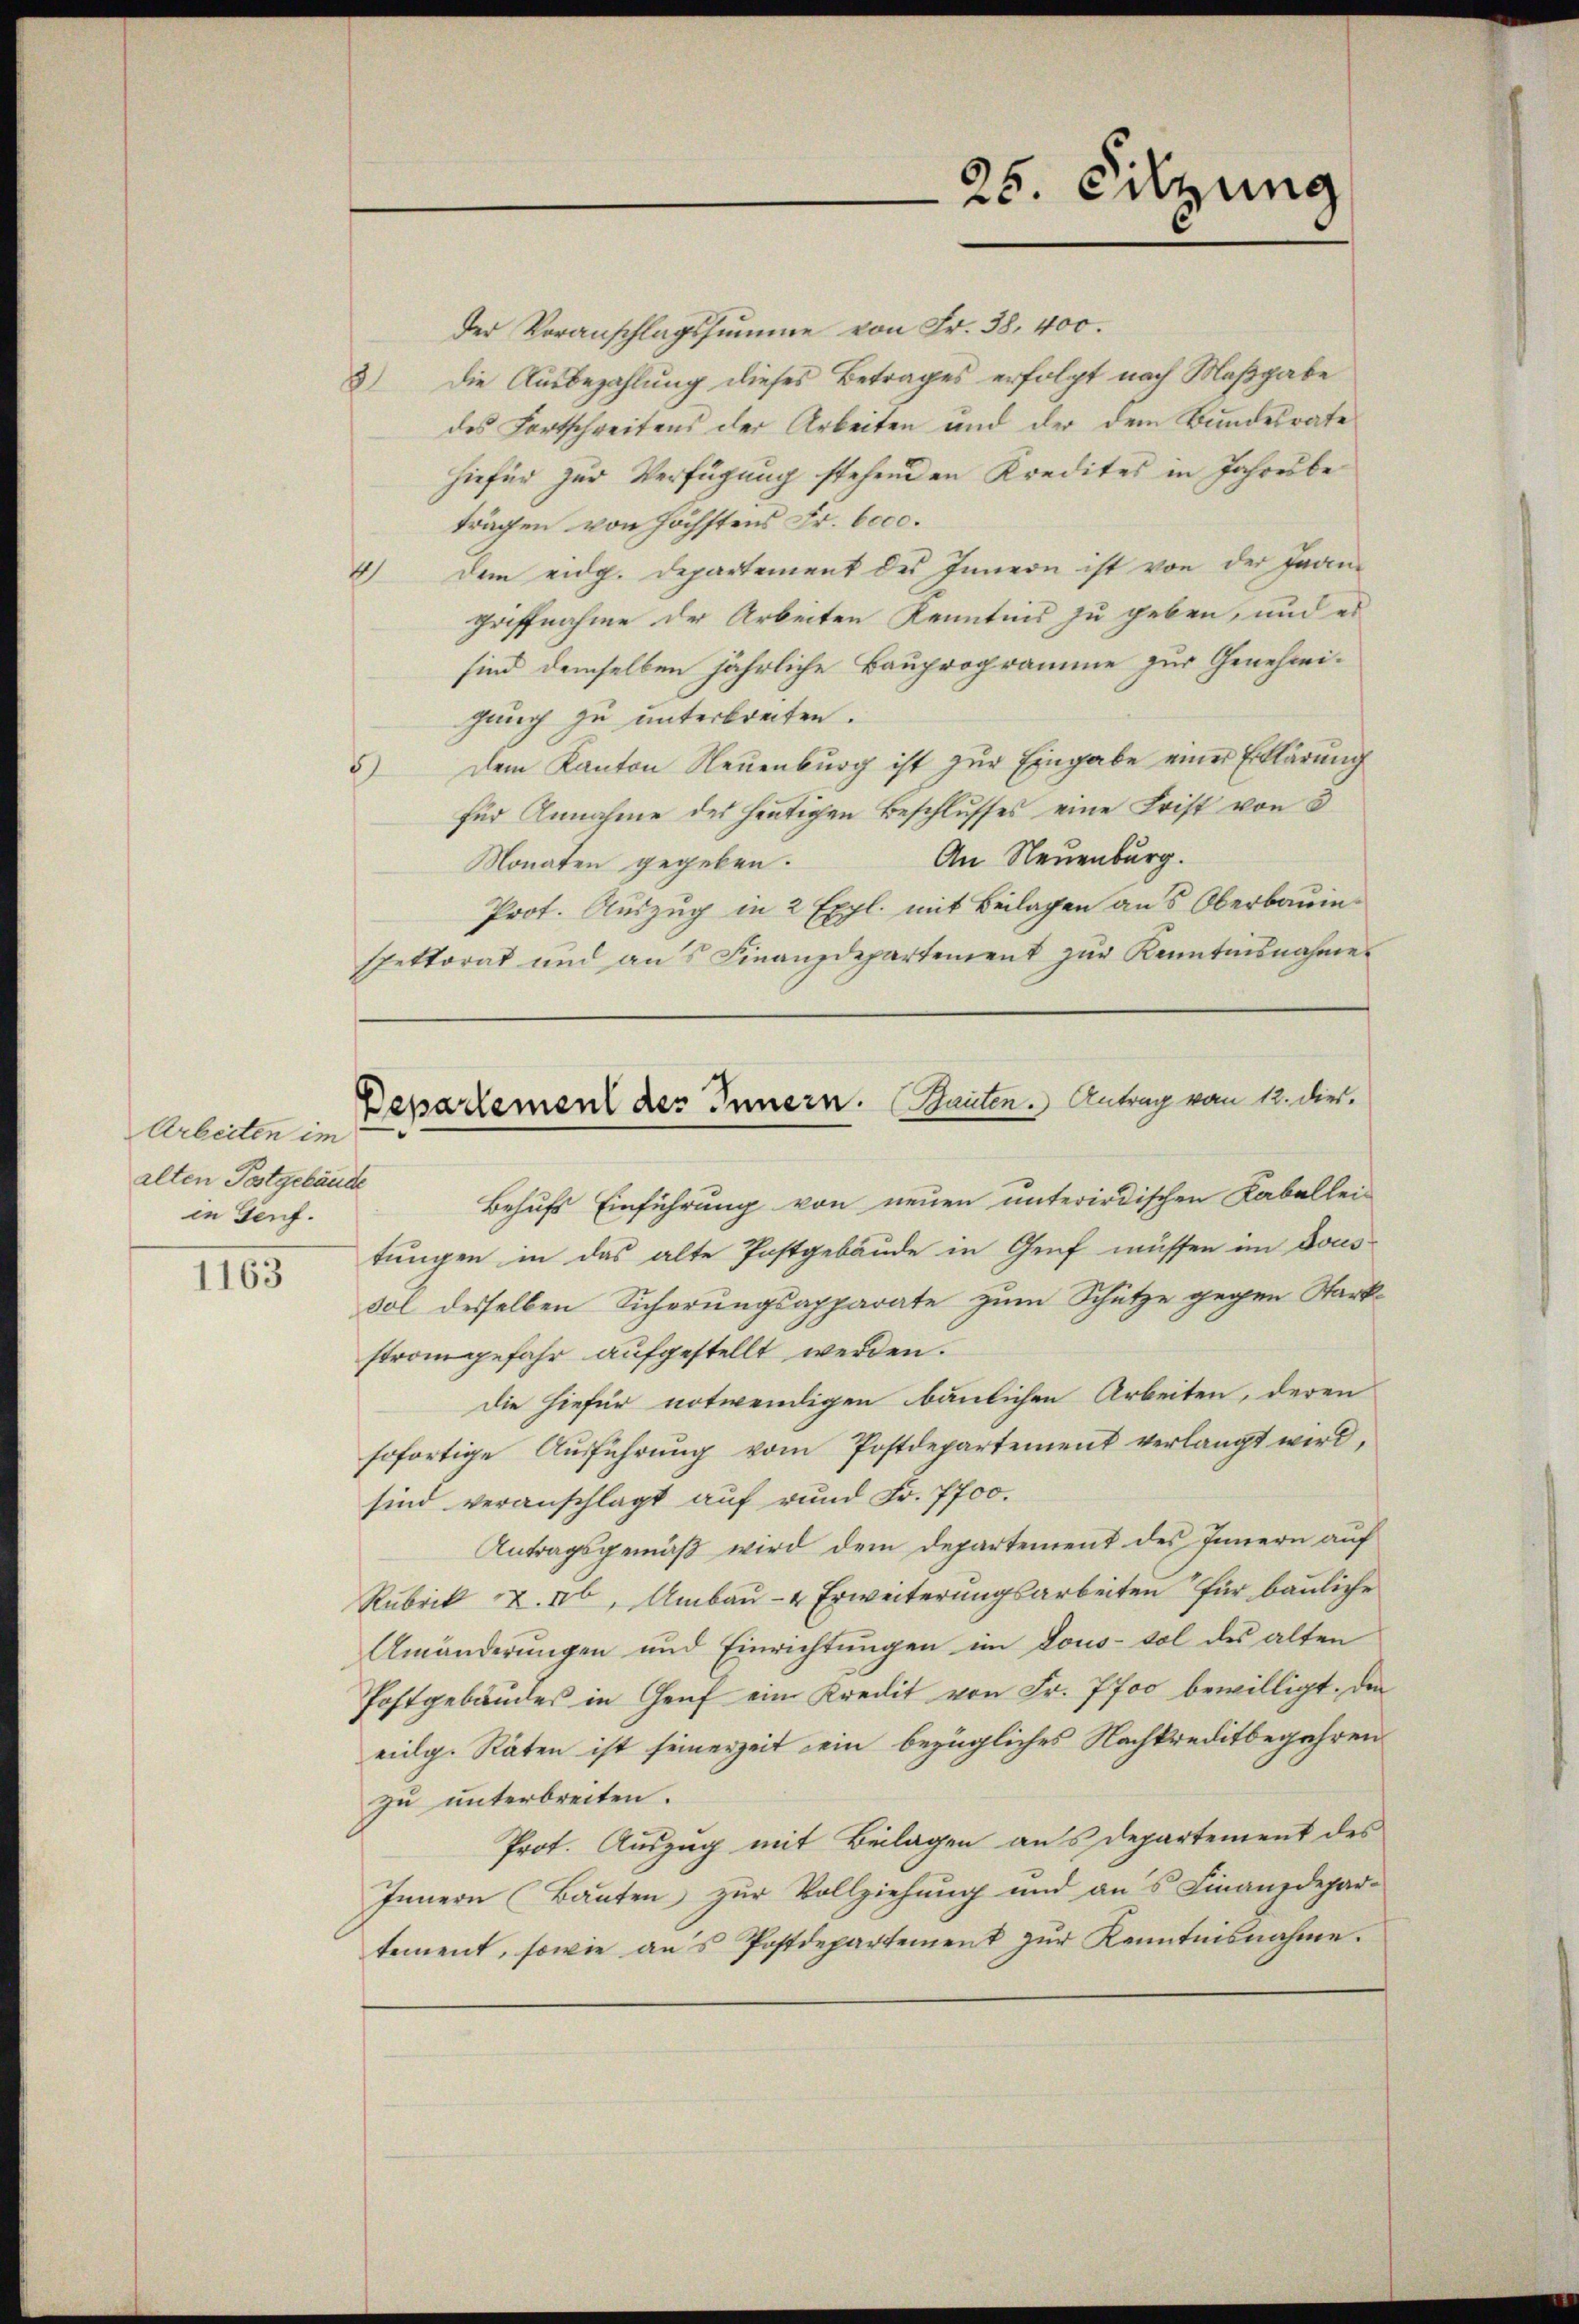
1163

Arbeiten im
alten Postgebäude
in Genf.

spettorat und ans Finanzdepartement zŭr Kenntnisnahme

25. Silzung

der Voranschlagssumme von Fr. 38. 400.
3) Die Ausbezahlung dieses Betrages erfolgt nach Maßgabe
des Fortschreitens der Arbeiten und der dem Bundesrate
hiefür zur Verfügung stehenden Kredites in Jahresbeträgen von höchstens Fr. 6000.
4) dem eidg. Departement des Innern ist von der Jean-
Griffnahme der Arbeiten Kenntnis zu geben, und es
sind demselben jährliche Bauprogramme zur Genehmigung zu unterbreiten.
5) dem Kanton Neuenburg ist zŭr Eingabe einer Erklärung
für Annahme des heutigen Beschlusses eine Frist von 3
An Neuenburg.
Monaten gegeben.
Prot. Auszug in 2 Expl. mit Beilagen aus Oberbauin¬
Behufs Einführung von neuen unterirdischen Kaballei-
tungen in das alte Postgebäude in Genf müssen im Dous-
sol desselben Sicherungsapparate zum Schütze gegen Starkstrangefahr aufgestellt werden.
die hiefür notwendigen baulichen Arbeiten, deren
sofortige Ausführung vom Postdepartement verlangt wird,
sind veranschlagt auf rund Fr. 7700.
Antragsgemäß wird dem Departement des Innern auf
Rubrik Z. 46, Umbau- & Erweiterungsarbeiten für bauliche
Umänderungen und Einrichtungen im Lous- sol des alten
Postgebäudes in Genf ein Kredit von Fr. 7700 bewilligt. Den
eidg. Räten ist seinerzeit ein bezügliches Nachkreditbegehren
zu unterbreiten.
Prot. Auszug mit Beilagen aus Departement des
Innern (Bauten zur Vollziehung und an's Finanzdepar-
tement, sowie ans Postdepartement zŭr Kenntnisnahme.

Departement des Innern. Bauten. Antrag vom 12. dies